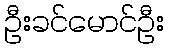
ဦးခင်မောင်ဦး